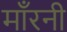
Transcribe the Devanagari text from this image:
माँरनी